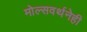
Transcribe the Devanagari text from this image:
मोल्सवर्थनेही